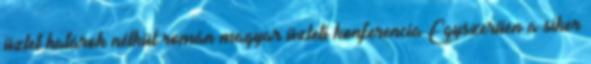
üzlet határok nélkül román–magyar üzleti konferencia Egyszerűen a siker